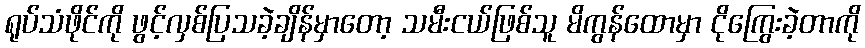
ရုပ်သံဖိုင်ကို ဖွင့်လှစ်ပြသခဲ့ချိန်မှာတော့ သမီးငယ်ဖြစ်သူ မိကွန်ထောမှာ ငိုကြွေးခဲ့တာကို